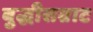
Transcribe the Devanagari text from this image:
बुद्धीसम्राट